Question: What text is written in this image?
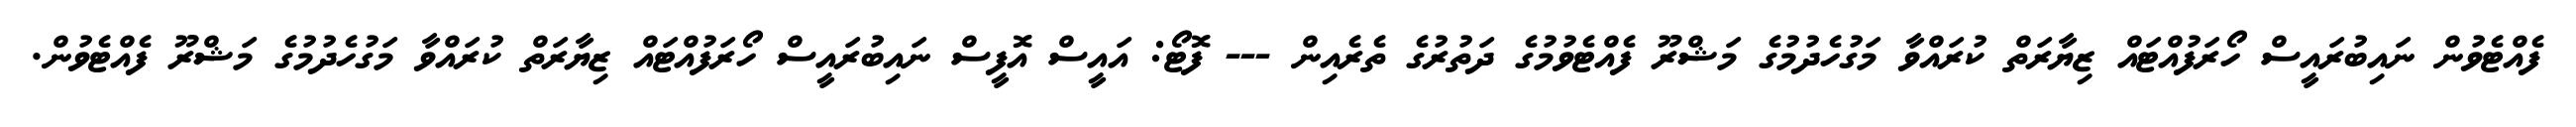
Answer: ފެއްޓެވުން ނައިބުރައީސް ހޯރަފުއްޓައް ޒިޔާރަތް ކުރައްވާ މަގުހެދުމުގެ މަޝްރޫ ފެއްޓެވުމުގެ ދަތުރުގެ ތެރެއިން --- ފޮޓޯ: އައީސް އޮފީސް ނައިބުރައީސް ހޯރަފުއްޓައް ޒިޔާރަތް ކުރައްވާ މަގުހެދުމުގެ މަޝްރޫ ފެއްޓެވުން.